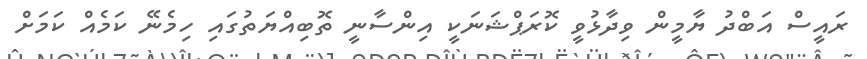
ރައީސް އަބްދު ޔާމީން ވިދާޅުވީ ކޮރަޕްޝަނަކީ އިންސާނީ ތޮބިއްޔަތުގައި ހިމެނޭ ކަމެއް ކަމަށް